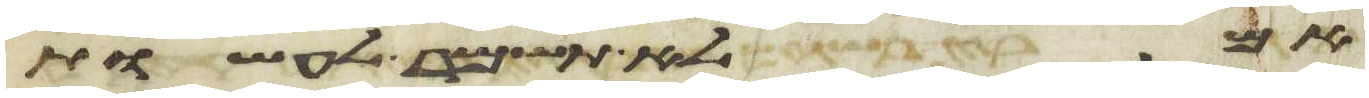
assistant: לא תשמר לעשות